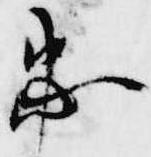
忠